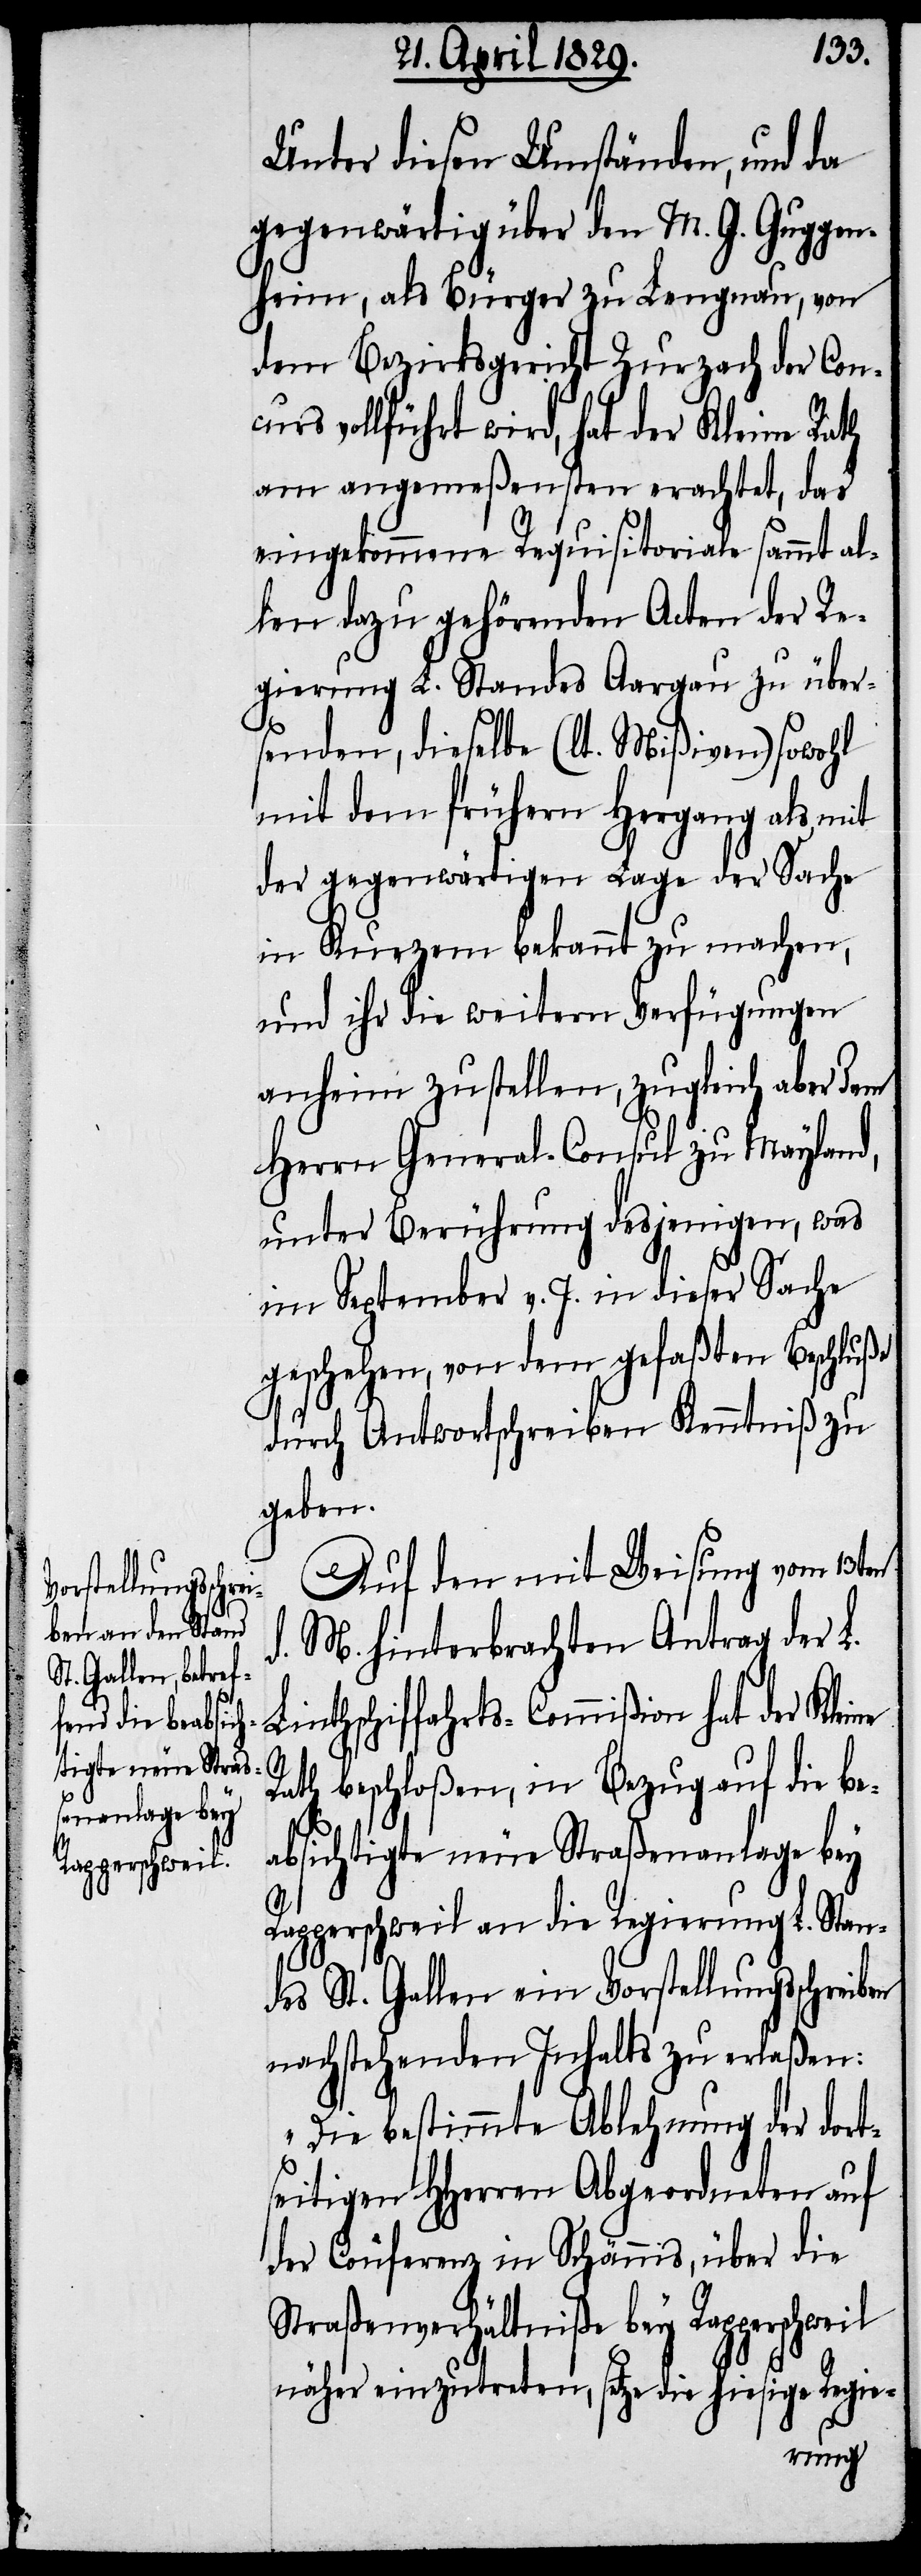
Unter diesen Umständen, und da
gegenwärtig über den M. G. Guggen¬
heim, als Bürger zu Lengnau, von
dem Bezirksgericht Zurzach der Concu¬
rs vollführt wird, hat der Kleine Rath
am angemeßensten erachtet, das
eingekommene Requisitoriale sammt al¬
len dazu gehörenden Acten der Re¬
gierung L. Standes Aargau zu über¬
senden, dieselbe (lt. Mißiven) sowohl
mit dem frühern Hergang als mit
der gegenwärtigen Lage der Sache
in Kurzem bekannt zu machen,
und ihr die weitern Verfügungen
anheim zu stellen, zugleich aber dem
Herrn General-Consul zu Mayland,
unter Berührung desjenigen, was
im September v. J. in dieser Sache
geschehen, von dem gefaßten Beschluße
durch Antwortschreiben Kenntniß zu
geben.
Auf den mit Weisung vom 13ten
d. M. hinterbrachten Antrag der L.
Linthschiffahrts-Commißion hat der Kleine
Rath beschloßen, in Bezug auf die be¬
absichtigte neue Straßenanlage bey
Rapperschweil an die Regierung L. Stan¬
des St. Gallen ein Vorstellungsschreiben
nachstehenden Inhalts zu erlaßen:
„Die bestimmte Ablehnung der dort¬
seitigen HHerren Abgeordneten auf
der Conferenz in Schännis, über die
Straßenverhältniße bey Rapperschweil
näher einzutreten, setze die hiesige Regie-